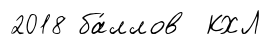
2018 ба́ллов КХЛ